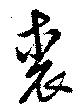
裘